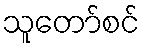
သူတော်စင်